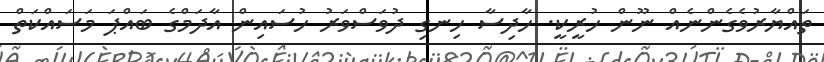
ތައްޔާރުވެގެންނެއް ނޫން ހުރީކީ. ހާދިސާ ހިނގި ދުވަސްވަރު ހުސައިން އާދަމްގެ ބައްޕަ މަސައްކަތް